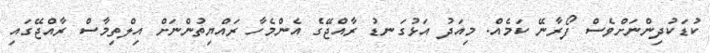
ކުޑަކުދިންނަށްވެސް ފޯރާނޭ ކަމެއް. މިއަދު އަޅުގަނޑު ރާއްޖޭގެ އެންމެހާ ރައްޔިތުންނަށް އިލްތިމާސް ރާއްޖޭގައި